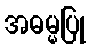
အဓမ္မပြု